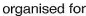
organised for